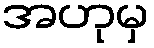
အဟုမှ